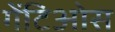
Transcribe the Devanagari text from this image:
गेंटिओस